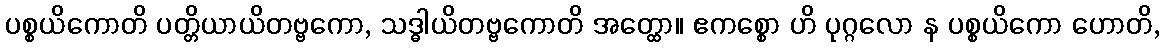
ပစ္စယိကောတိ ပတ္တိယာယိတဗ္ဗကော, သဒ္ဓါယိတဗ္ဗကောတိ အတ္ထော။ ဧကစ္စော ဟိ ပုဂ္ဂလော န ပစ္စယိကော ဟောတိ,